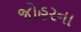
જોહરના